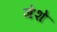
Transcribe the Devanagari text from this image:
जेशे